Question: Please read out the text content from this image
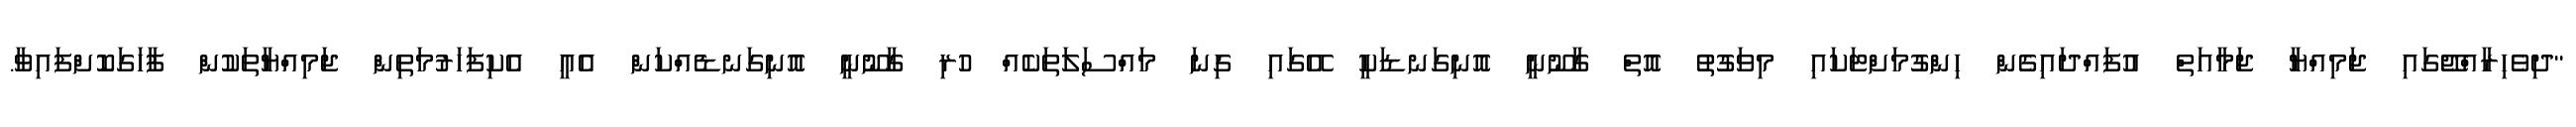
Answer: "ދިވެހިރާއްޖޭގައި ޖަމިއްޔާ ޖަމާއަތް އުފައްދައިގެން ހިންގުމަށްޓަކައި މިވަގުތު އޮތް ގާނޫނީ އޮނިގަނޑަކީ އޭގައި ގިނަ މައްސަލަތަކެއް ހުރި ގާނޫނީ އޮނިގަނޑެއްކަން އެއީ އެކިފަހަރުމަތިން ޖަމިއްޔާތަކުން ފާހަގަކޮށްފައިވާ.